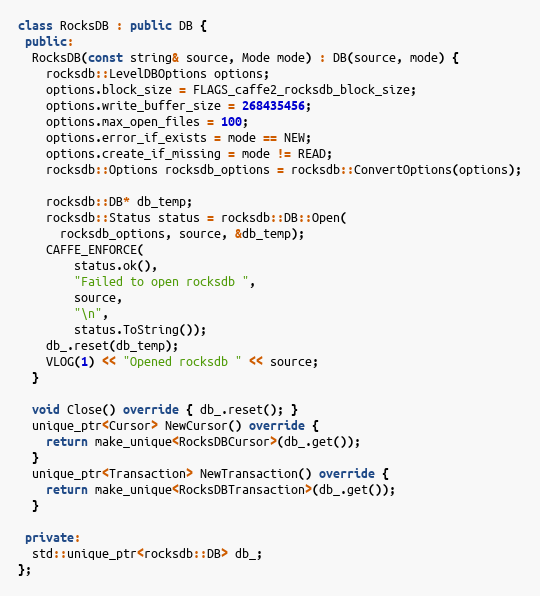
Language: C++
class RocksDB : public DB {
 public:
  RocksDB(const string& source, Mode mode) : DB(source, mode) {
    rocksdb::LevelDBOptions options;
    options.block_size = FLAGS_caffe2_rocksdb_block_size;
    options.write_buffer_size = 268435456;
    options.max_open_files = 100;
    options.error_if_exists = mode == NEW;
    options.create_if_missing = mode != READ;
    rocksdb::Options rocksdb_options = rocksdb::ConvertOptions(options);

    rocksdb::DB* db_temp;
    rocksdb::Status status = rocksdb::DB::Open(
      rocksdb_options, source, &db_temp);
    CAFFE_ENFORCE(
        status.ok(),
        "Failed to open rocksdb ",
        source,
        "\n",
        status.ToString());
    db_.reset(db_temp);
    VLOG(1) << "Opened rocksdb " << source;
  }

  void Close() override { db_.reset(); }
  unique_ptr<Cursor> NewCursor() override {
    return make_unique<RocksDBCursor>(db_.get());
  }
  unique_ptr<Transaction> NewTransaction() override {
    return make_unique<RocksDBTransaction>(db_.get());
  }

 private:
  std::unique_ptr<rocksdb::DB> db_;
};